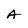
Character: A